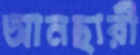
আনছারী